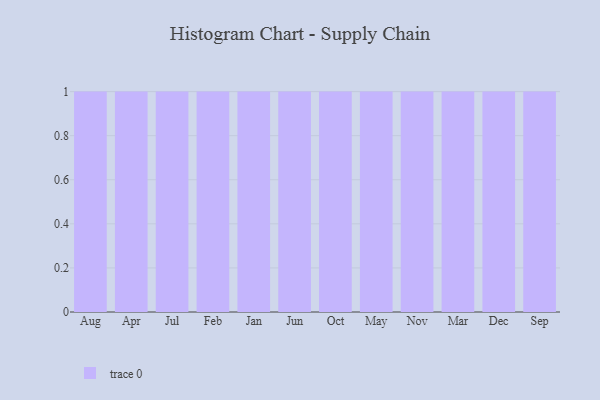
{"axis": {"x": "Month", "y": "Conversion Rate (%)"}, "legend": [""], "data": [{"x": "Aug", "y": 99, "type": ""}, {"x": "Apr", "y": 76, "type": ""}, {"x": "Jul", "y": 45, "type": ""}, {"x": "Feb", "y": 36, "type": ""}, {"x": "Jan", "y": 2, "type": ""}, {"x": "Jun", "y": 81, "type": ""}, {"x": "Oct", "y": 4, "type": ""}, {"x": "May", "y": 40, "type": ""}, {"x": "Nov", "y": 94, "type": ""}, {"x": "Mar", "y": 92, "type": ""}, {"x": "Dec", "y": 39, "type": ""}, {"x": "Sep", "y": 26, "type": ""}]}